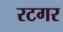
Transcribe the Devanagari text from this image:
रटगर